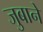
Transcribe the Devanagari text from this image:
जुबाने